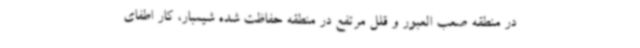
در منطقه صعب العبور و قلل مرتفع در منطقه حفاظت شده شیمبار، کار اطفای